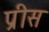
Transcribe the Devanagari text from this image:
प्रीस